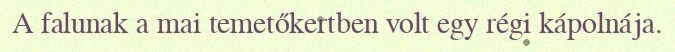
A falunak a mai temetőkertben volt egy régi kápolnája.